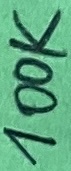
Text: 100K